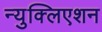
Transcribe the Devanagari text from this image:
न्युक्लिएशन